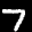
Label: 7